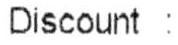
DISCOUNT :